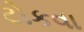
ટોકવા